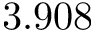
3 . 9 0 8